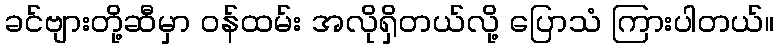
ခင်ဗျားတို့ဆီမှာ ဝန်ထမ်း အလိုရှိတယ်လို့ ပြောသံ ကြားပါတယ်။